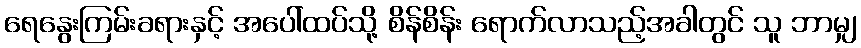
ရေနွေးကြမ်းခရားနှင့် အပေါ်ထပ်သို့ စိန်စိန်း ရောက်လာသည့်အခါတွင် သူ ဘာမျှ